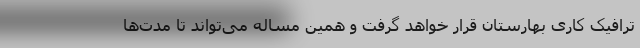
ترافیک کاری بهارستان قرار خواهد گرفت و همین مساله می‌تواند تا مدت‌ها